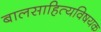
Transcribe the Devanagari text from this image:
बालसाहित्यविषयक